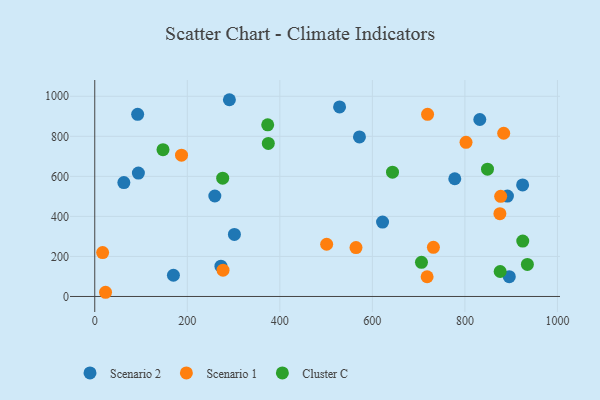
{"axis": {"x": "Distance", "y": "Profit"}, "legend": ["Cluster C", "Scenario 1", "Scenario 2"], "data": [{"x": "891.9", "y": 501.7, "type": "Scenario 2"}, {"x": "62.9", "y": 568.9, "type": "Scenario 2"}, {"x": "272.7", "y": 151.4, "type": "Scenario 2"}, {"x": "301.8", "y": 310.2, "type": "Scenario 2"}, {"x": "778.1", "y": 588.0, "type": "Scenario 2"}, {"x": "259.5", "y": 502.0, "type": "Scenario 2"}, {"x": "291.0", "y": 982.8, "type": "Scenario 2"}, {"x": "895.9", "y": 98.9, "type": "Scenario 2"}, {"x": "170.0", "y": 106.0, "type": "Scenario 2"}, {"x": "529.1", "y": 946.8, "type": "Scenario 2"}, {"x": "622.0", "y": 371.5, "type": "Scenario 2"}, {"x": "832.2", "y": 884.0, "type": "Scenario 2"}, {"x": "572.1", "y": 796.9, "type": "Scenario 2"}, {"x": "94.3", "y": 616.5, "type": "Scenario 2"}, {"x": "924.7", "y": 557.2, "type": "Scenario 2"}, {"x": "92.7", "y": 909.9, "type": "Scenario 2"}, {"x": "719.3", "y": 910.1, "type": "Scenario 1"}, {"x": "731.9", "y": 245.3, "type": "Scenario 1"}, {"x": "883.8", "y": 815.4, "type": "Scenario 1"}, {"x": "187.5", "y": 705.8, "type": "Scenario 1"}, {"x": "501.2", "y": 261.0, "type": "Scenario 1"}, {"x": "564.6", "y": 244.1, "type": "Scenario 1"}, {"x": "802.4", "y": 770.2, "type": "Scenario 1"}, {"x": "875.6", "y": 413.8, "type": "Scenario 1"}, {"x": "17.0", "y": 219.5, "type": "Scenario 1"}, {"x": "718.3", "y": 98.6, "type": "Scenario 1"}, {"x": "277.2", "y": 131.6, "type": "Scenario 1"}, {"x": "877.3", "y": 500.4, "type": "Scenario 1"}, {"x": "23.3", "y": 21.0, "type": "Scenario 1"}, {"x": "375.1", "y": 764.7, "type": "Cluster C"}, {"x": "925.0", "y": 276.9, "type": "Cluster C"}, {"x": "848.8", "y": 635.9, "type": "Cluster C"}, {"x": "276.5", "y": 591.0, "type": "Cluster C"}, {"x": "643.5", "y": 620.7, "type": "Cluster C"}, {"x": "706.1", "y": 170.5, "type": "Cluster C"}, {"x": "373.8", "y": 857.2, "type": "Cluster C"}, {"x": "876.2", "y": 124.8, "type": "Cluster C"}, {"x": "935.0", "y": 160.1, "type": "Cluster C"}, {"x": "147.5", "y": 733.4, "type": "Cluster C"}]}